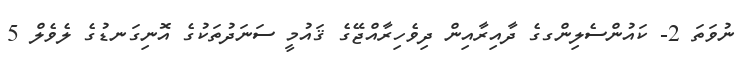
ނުވަތަ 2- ކައުންސެލިންގގެ ދާއިރާއިން ދިވެހިރާއްޖޭގެ ޤައުމީ ސަނަދުތަކުގެ އޮނިގަނޑުގެ ލެވެލް 5